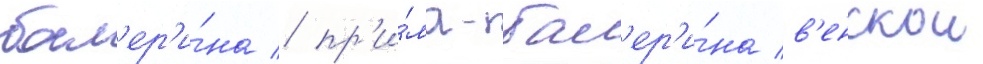
бал'ер'и́на / пр'и́ма-бал'ер'и́на в'енскои